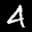
Label: 4